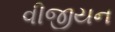
વીજીયન